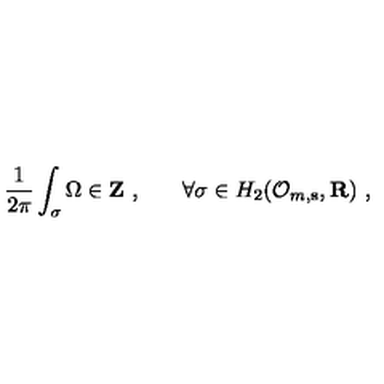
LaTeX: \frac 1 { 2 \pi } \int _ { \sigma } \Omega \in { \bf Z \ , \qquad } \forall \sigma \in H _ { 2 } ( { \cal O } _ { m , { \bf s } } , { \bf R } ) \ ,